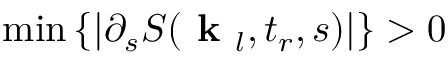
\operatorname* { m i n } \left\{ \left| \partial _ { s } S ( \textbf { k } _ { l } , t _ { r } , s ) \right| \right\} > 0